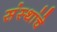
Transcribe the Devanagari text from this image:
संंस्थांचे